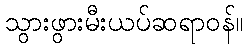
သွားဖွားမီးယပ်ဆရာဝန်။